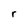
Character: r